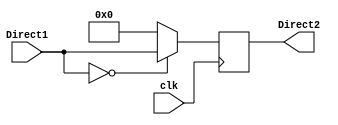
`timescale 1ns/1ns

module PC(
	input [31:0]Direct1,
	input clk,
	output reg [31:0]Direct2
);
	
always @(posedge clk)
	if (!Direct1) begin 
		Direct2 <= Direct1;
	end
	else begin
		Direct2 = 0;
	end

endmodule